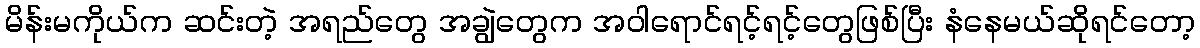
မိန်းမကိုယ်က ဆင်းတဲ့ အရည်တွေ အချွဲတွေက အဝါရောင်ရင့်ရင့်တွေဖြစ်ပြီး နံနေမယ်ဆိုရင်တော့